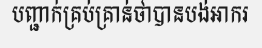
បញ្ជាក់គ្រប់គ្រាន់ថាបានបង់អាករ